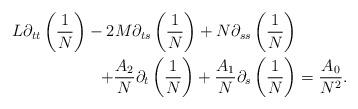
LaTeX: \begin{align*}L\partial_{tt}\left(\frac1N\right)-2M\partial_{ts}\left (\frac1N\right)+N\partial_{ss}\left(\frac 1N\right)&\\+\frac {A_{2}}N\partial_t\left(\frac 1N\right)+\frac{A_{1}}N\partial_s\left(\frac1N\right)&=\frac{A_0}{N^2}.\end{align*}